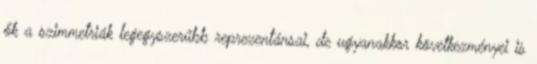
ők a szimmetriák legegyszerűbb reprezentánsai, de ugyanakkor következményei is